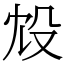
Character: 㱽